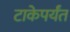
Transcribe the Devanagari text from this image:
टाकेपर्यंत